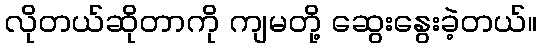
လိုတယ်ဆိုတာကို ကျမတို့ ဆွေးနွေးခဲ့တယ်။